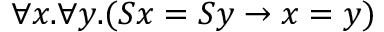
\forall x . \forall y . ( S x = S y \to x = y )